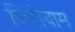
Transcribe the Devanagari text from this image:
जिरीबाम